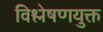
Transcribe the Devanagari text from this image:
विश्लेषणयुक्त